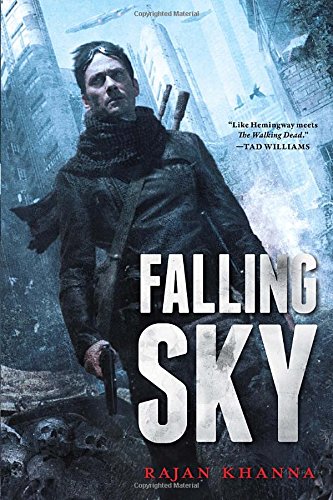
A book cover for Falling Sky; Rajan Knanna; Science Fiction & Fantasy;